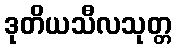
ဒုတိယသီလသုတ္တ